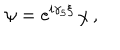
\psi = \mathrm { e } ^ { i \gamma _ { 5 } \xi } \, \chi \, ,